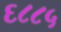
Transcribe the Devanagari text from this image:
६८८५